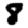
Digit: 8